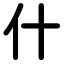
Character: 什